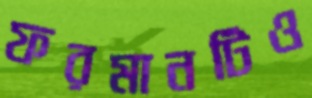
ফরমানটিও